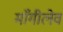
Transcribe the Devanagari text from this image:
माँगीलेव